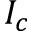
I _ { c }